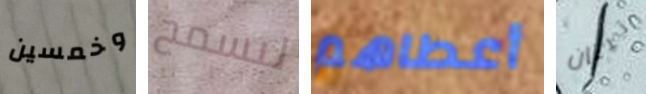
وخمسين ليسمح أعطاهم تيتان